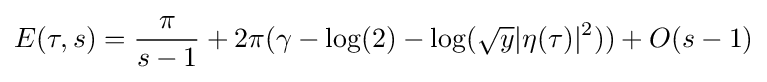
E(\tau ,s)={\pi  \over s-1}+2\pi (\gamma -\log(2)-\log({\sqrt {y}}|\eta (\tau )|^{2}))+O(s-1)